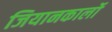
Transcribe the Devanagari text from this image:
जियानकार्लो